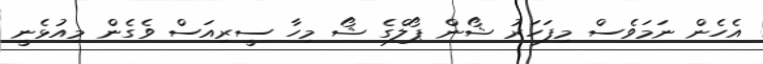
އެހެން ނަމަވެސް މިފަހަރު ޝޯން ޕޯލްގެ ޝޯ މިހާ ސީރިއަސް ވެގެން މިއުޅެނީ